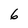
Character: 6